Scottish Certificate of Education, 1962
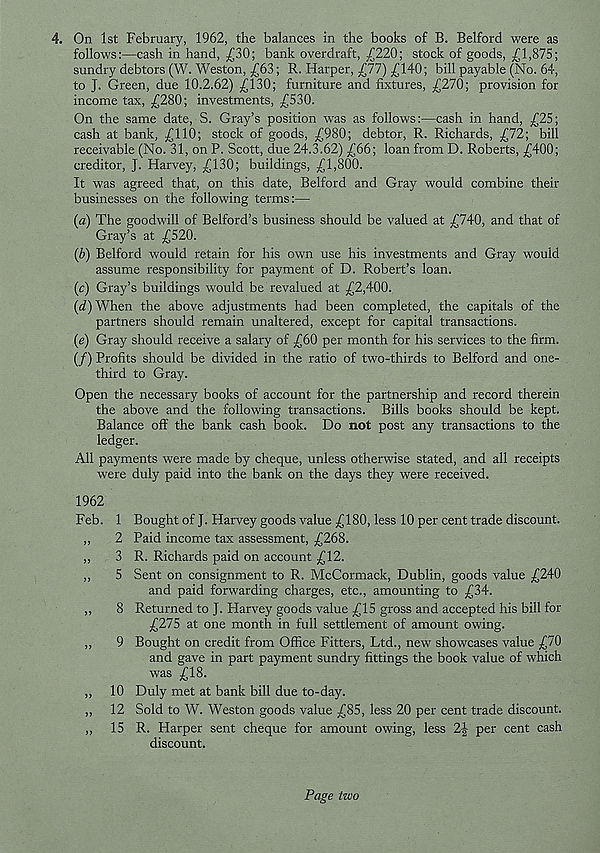
4. On 1st February, 1962, the balances in the books of B. Belford were as
follows:—cash in hand, £30; bank overdraft, £220; stock of goods, £1,875;
sundry debtors (W. Weston, £63; R. Harper, £77) £140; bill payable (No. 64,
to J. Green, due 10.2.62) £130; furniture and fixtures, £270; provision for
income tax, £280; investments, £530.
On the same date, S. Gray’s position was as follows:—cash in hand, £25;
cash at bank, £110; stock of goods, £980; debtor, R. Richards, £72; bill
receivable (No. 31, on P. Scott, due 24.3.62) £66; loan from D. Roberts, £400;
creditor, J. Harvey, £130; buildings, £1,800.
It was agreed that, on this date, Belford and Gray would combine their
businesses on the following terms:—
(a) The goodwill of Belford’s business should be valued at £740, and that of
Gray’s at £520.
(b) Belford would retain for his own use his investments and Gray would
assume responsibility for payment of D. Robert’s loan.
(c) Gray’s buildings would be revalued at £2,400.
(d) When the above adjustments had been completed, the capitals of the
partners should remain unaltered, except for capital transactions.
(e) Gray should receive a salary of £60 per month for his services to the firm.
(/) Profits should be divided in the ratio of two-thirds to Belford and one-
third to Gray.
Open the necessary books of account for the partnership and record therein
the above and the following transactions. Bills books should be kept.
Balance off the bank cash book. Do not post any transactions to the
ledger.
All payments were made by cheque, unless otherwise stated, and all receipts
were duly paid into the bank on the days they were received.
1962
Feb. 1 Bought of J. Harvey goods value £180, less 10 per cent trade discount.
,,
2 Paid income tax assessment, £268.
,,
3 R. Richards paid on account £12.
,,
5 Sent on consignment to R. McCormack, Dublin, goods value £240
and paid forwarding charges, etc., amounting to £34.
„
8 Returned to J. Harvey goods value £15 gross and accepted his bill for
£275 at one month in full settlement of amount owing.
,,
9 Bought on credit from Office Fitters, Ltd., new showcases value £70
and gave in part payment sundry fittings the book value of which
was £18.
„ 10 Duly met at bank bill due to-day.
„ 12 Sold to W. Weston goods value £85, less 20 per cent trade discount.
,, 15 R. Harper sent cheque for amount owing, less 2J per cent cash
discount.
Page two